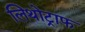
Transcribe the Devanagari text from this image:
लिथोट्राफ